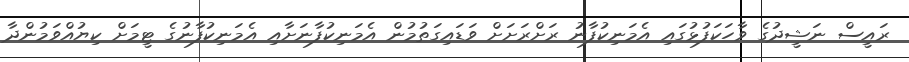
ރައީސް ނަޝީދުގެ ވާހަކަފުޅުގައި އެމަނިކުފާނު ރަށްރަށަށް ވަޑައިގަތުމުން އެމަނިކުފާނަށާއި އެމަނިކުފާނުގެ ޓީމަށް ކިޔުއްވަމުންދާ